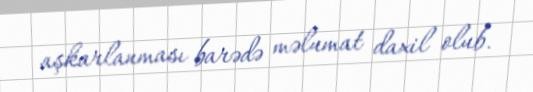
aşkarlanması barədə məlumat daxil olub.